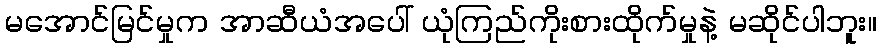
မအောင်မြင်မှုက အာဆီယံအပေါ် ယုံကြည်ကိုးစားထိုက်မှုနဲ့ မဆိုင်ပါဘူး။